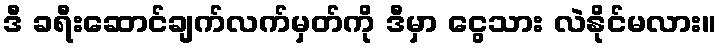
ဒီ ခရီးဆောင်ချက်လက်မှတ်ကို ဒီမှာ ငွေသား လဲနိုင်မလား။